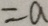
= a